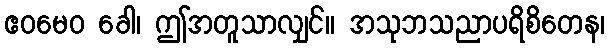
ဧဝမေဝ ခေါ၊ ဤအတူသာလျှင်။ အသုဘသညာပရိစိတေန၊